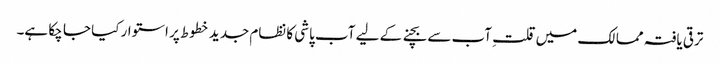
ترقی یافتہ ممالک میں قلتِ آب سے بچنے کے لیے آب پاشی کا نظام جدید خطوط پر استوار کیا جا چکا ہے۔